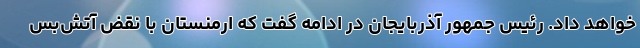
خواهد داد. رئیس جمهور آذربایجان در ادامه گفت که ارمنستان با نقض آتش‌بس